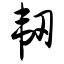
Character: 韧